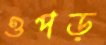
ওপড়